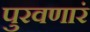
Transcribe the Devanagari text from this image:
पुरवणारं